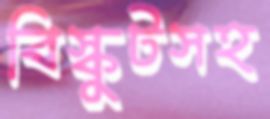
বিস্কুটসহ